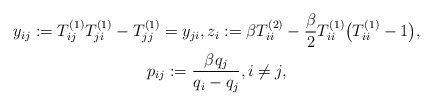
\begin{gather*}y_{ij}:= T_{ij}^{(1)} T_{ji}^{(1)} -T_{jj}^{(1)}=y_{ji},z_{i}:=\beta T_{ii}^{(2)} -\frac{\beta}{2} T_{ii}^{(1)} \big (T_{ii}^{(1)}-1\big),\\ p_{ij}:= \frac{\beta q_j}{q_i -q_j}, i \not= j,\end{gather*}